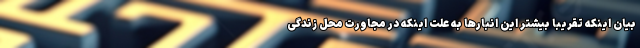
بیان اینکه تقریبا بیشتر این انبارها به علت اینکه در مجاورت محل زندگی